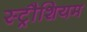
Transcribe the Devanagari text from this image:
स्ट्रौशियम